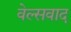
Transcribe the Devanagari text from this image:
वेल्सवाद